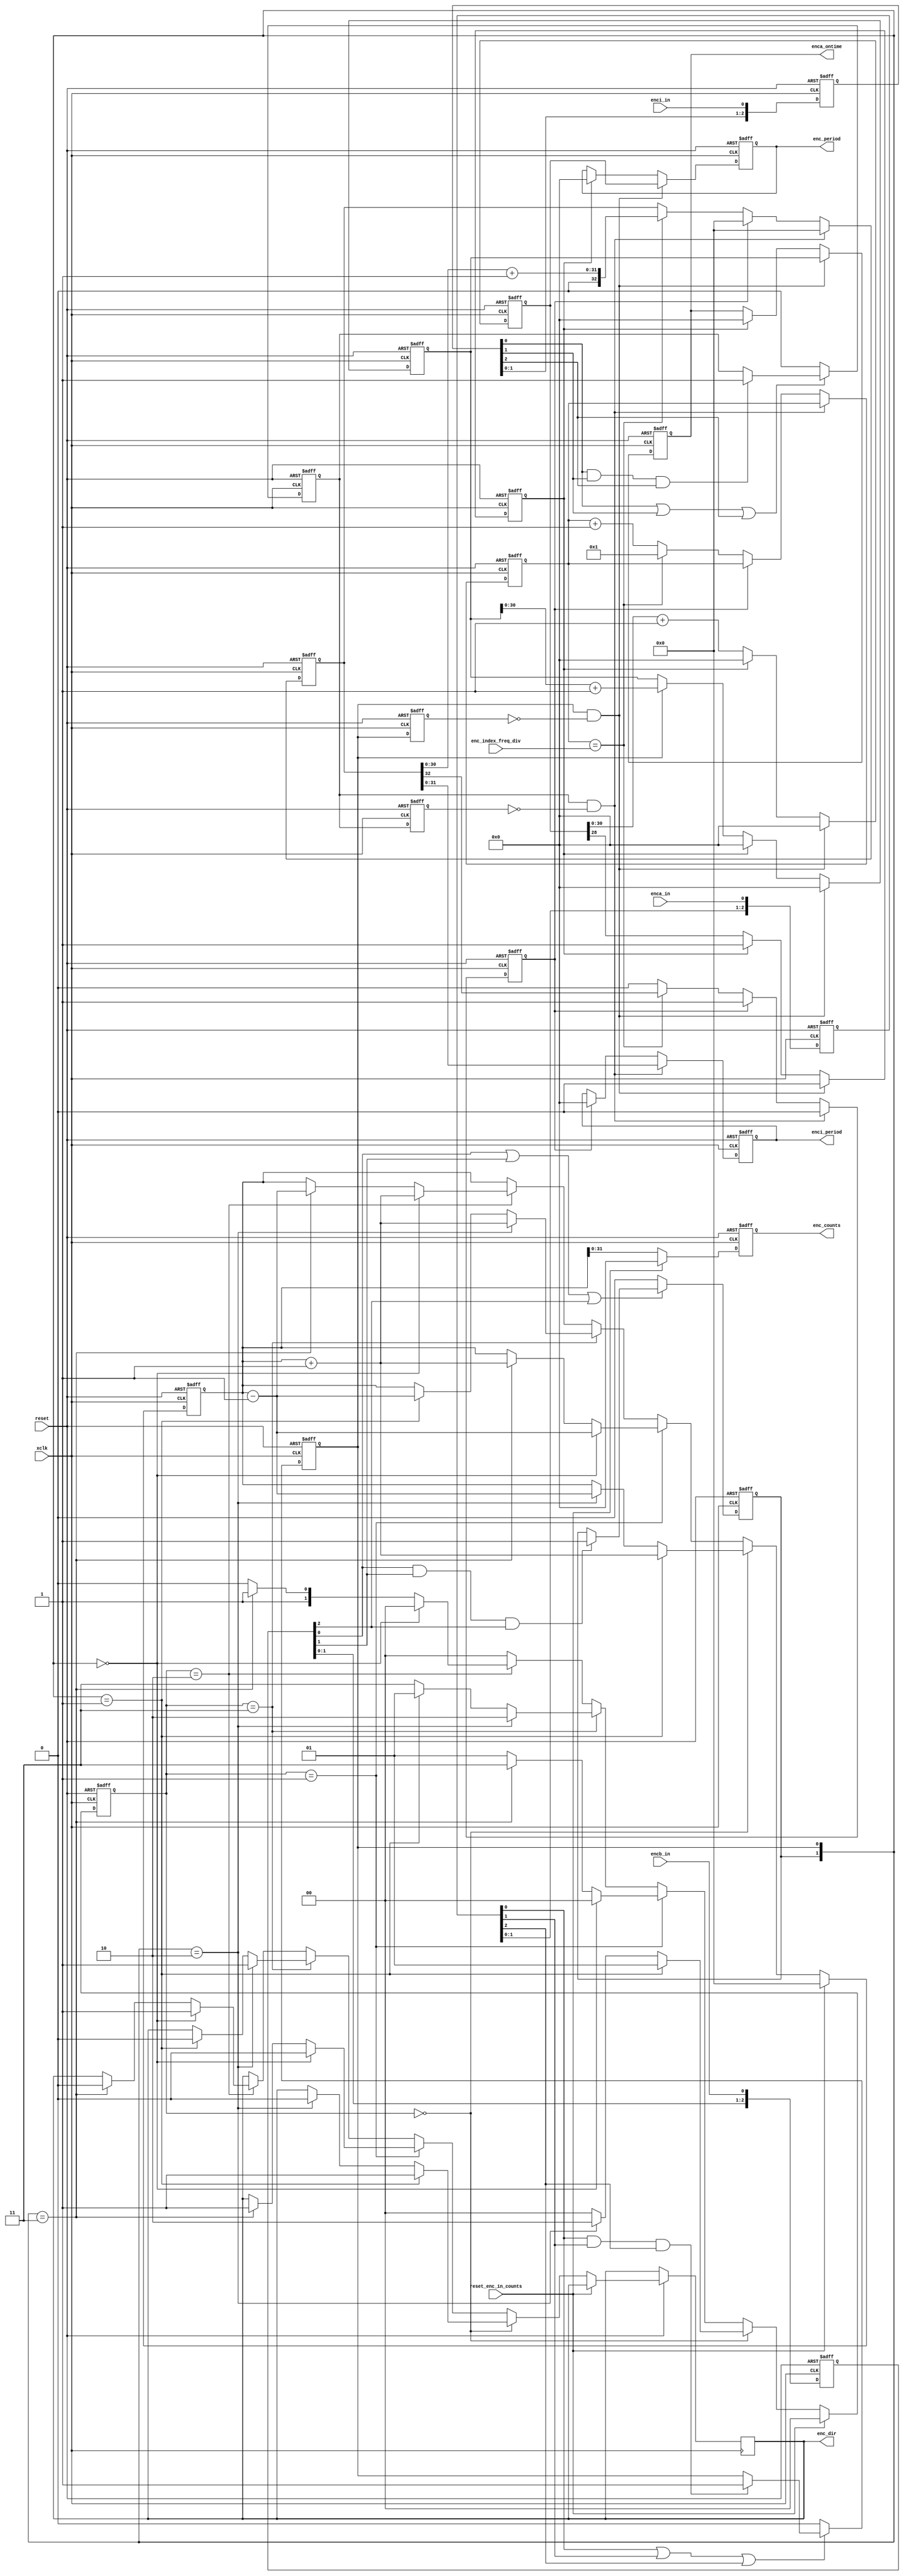
module Enc_In(
    input reset,
    input xclk, // clk75Mhz
	 
	 input enca_in, // digital input
	 input encb_in, // digital input
	 input enci_in, // digital input
	 
	 output [31:0] enc_period,
	 output [31:0] enca_ontime,
	 output [31:0] enci_period,
	 output [31:0] enc_counts,
	 output enc_dir,
	 
	 input reset_enc_in_counts,
	 input [15:0]enc_index_freq_div
	 

//	 output [3:0] testpoint // optional outputs for debug to testpoints
                           //   consult higher-level module to see if connections are instantiated
    );
	 
//	 assign testpoint[0] = reset_enc_in_counts;
//	 assign testpoint[1] = enca_in;
//	 assign testpoint[2] = encb_in;
//	 assign testpoint[3] = enci_in;

// - - - - - - - - - - - - - - - - - - - - - - - - - - - - - - - - - - - -
//  "De-bounce" the inputs hoping to remove occassional mis-readings
// - - - - - - - - - - - - - - - - - - - - - - - - - - - - - - - - - - - -
	reg [2:0]enca_in_delay_line;
	reg [2:0]encb_in_delay_line;
	reg [2:0]enci_in_delay_line;
	reg enca_in_debounced;
	reg encb_in_debounced;
 	reg enci_in_debounced;
    always @(posedge xclk or negedge reset)
      if (!reset) begin
		   enca_in_delay_line <= 3'h0;
			enca_in_debounced <= 1'b0;
		   encb_in_delay_line <= 3'h0;
			encb_in_debounced <= 1'b0;
		   enci_in_delay_line <= 3'h0;
			enci_in_debounced <= 1'b0;
		end else begin
		   // enca
		   if ((enca_in_delay_line[0] & enca_in_delay_line[1] & enca_in_delay_line[2]) == 1'b1) begin
			   enca_in_debounced <= 1'b1;
			end
		   if ((enca_in_delay_line[0] | enca_in_delay_line[1] | enca_in_delay_line[2]) == 1'b0) begin
			   enca_in_debounced <= 1'b0;
			end 
		   enca_in_delay_line[2] <= enca_in_delay_line[1];
		   enca_in_delay_line[1] <= enca_in_delay_line[0];
		   enca_in_delay_line[0] <= enca_in;
			
			// encb
		   if ((encb_in_delay_line[0] & encb_in_delay_line[1] & encb_in_delay_line[2]) == 1'b1) begin
			   encb_in_debounced <= 1'b1;
			end 
		   if ((encb_in_delay_line[0] | encb_in_delay_line[1] | encb_in_delay_line[2]) == 1'b0) begin
			   encb_in_debounced <= 1'b0;
			end 
		   encb_in_delay_line[2] <= encb_in_delay_line[1];
		   encb_in_delay_line[1] <= encb_in_delay_line[0];
		   encb_in_delay_line[0] <= encb_in;

			// enci
		   if ((enci_in_delay_line[0] & enci_in_delay_line[1] & enci_in_delay_line[2]) == 1'b1) begin
			   enci_in_debounced <= 1'b1;
			end 
		   if ((enci_in_delay_line[0] | enci_in_delay_line[1] | enci_in_delay_line[2]) == 1'b0) begin
			   enci_in_debounced <= 1'b0;
			end 
		   enci_in_delay_line[2] <= enci_in_delay_line[1];
		   enci_in_delay_line[1] <= enci_in_delay_line[0];
		   enci_in_delay_line[0] <= enci_in;
		end

// - - - - - - - - - - - - - - - - - - - - - - - - - - - - - - - - - - - -
//  Count Period and On-Time
// - - - - - - - - - - - - - - - - - - - - - - - - - - - - - - - - - - - -
   assign enc_period = enca_period_reg;
   assign enca_ontime = enca_ontime_reg;
	reg [31:0] enca_ontime_reg;
	reg [31:0] enca_period_reg;
	reg [31:0] enca_ontime_count;
	reg [31:0] enca_period_count;
	reg enca_no_signal;
	reg prev_input_val;
   always @(posedge xclk or negedge reset)
      if (!reset) begin
         enca_ontime_count <= 32'h000000000;
         enca_period_count <= 32'h000000000;
         enca_ontime_reg <= 32'h00000000;
         enca_period_reg <= 32'h00000000;
			prev_input_val <= 1'b0;
			enca_no_signal <= 1'b0;
		end else begin
		   prev_input_val <= enca_in_debounced;
			
         if ((enca_in_debounced == 1'b1) && (prev_input_val == 1'b0)) begin // on rising edge
				//Rising edge, 0-out counters
				enca_ontime_count <= 32'h000000000;
				enca_period_count <= 32'h000000000;
				enca_ontime_reg <= enca_ontime_count[31:0];
				enca_period_reg <= enca_period_count[31:0];
				enca_no_signal <= 1'b0;
			end else if (enca_no_signal == 1'b1) begin
				enca_ontime_count <= 32'h000000000;
				enca_period_count <= 32'h000000000;
				enca_ontime_reg <= 32'h00000000;
				enca_period_reg <= 32'h00000000;
			end else begin
			   enca_period_count <= enca_period_count[30:0] + 1;
				// at 75 Mhz, enca_period_count[28] turns on after 1.8 Seg (0.56 Hz)
				enca_no_signal <= enca_period_count[28];

				if (enca_in_debounced == 1'b1) begin
					enca_ontime_count <= enca_ontime_count[30:0] + 1;
			   end
			end
		end

// - - - - - - - - - - - - - - - - - - - - - - - - - - - - - - - - - - - -
//      Encoder State machine that keeps track of Encoder Counts and Direction
//      by incrementing or decrementing a position counter.                                                              --
// - - - - - - - - - - - - - - - - - - - - - - - - - - - - - - - - - - - -
// states for the main state machine
reg [1:0] next_enc_state;				// S T A T E S
parameter	State0	= 2'h0;		// waiting for "start_ctrl" input
parameter	State1	= 2'h1;	
parameter	State2	= 2'h2;		
parameter	State3	= 2'h3;	
reg [32:0] enc_counter;				
reg [31:0] enc_counts_reg;				
reg enc_dir_reg;
wire [1:0] encoder;

   assign encoder[0] = enca_in_debounced;	
   assign encoder[1] = encb_in_debounced;
	assign enc_dir = enc_dir_reg;
	assign enc_counts = enc_counts_reg;

   always @(posedge xclk or negedge reset)
      if (!reset) begin
         next_enc_state <= State0;
			enc_counter <= 33'h000000000;
			enc_counts_reg <= 32'h00000000;
		end else if (reset_enc_in_counts == 1'b1) begin
         next_enc_state <= State0;
			enc_counter <= 33'h000000000;
			enc_counts_reg <= 32'h00000000;
		end else begin
		
			enc_counts_reg[31:0] <= enc_counter[31:0]; // capture counter value synchronously
			
			if (next_enc_state == State0) begin
                if (encoder == 2'b01) begin
                        next_enc_state <= State1;
                        enc_dir_reg         <= 1'b1;                 
                        enc_counter     <= enc_counter + 1;
                end else if (encoder == 2'b10)  begin
                        next_enc_state <= State2;
                        enc_dir_reg         <= 1'b0;
                        enc_counter     <= enc_counter - 1;
                end else begin
                         next_enc_state <= State0;
                end
			end else	if (next_enc_state == State1) begin
                if (encoder == 2'b00) begin
                        next_enc_state <= State0;
                        enc_dir_reg         <= 1'b0;                 
                        enc_counter     <= enc_counter - 1;
                end else if (encoder == 2'b11)  begin
                        next_enc_state <= State3;
                        enc_dir_reg         <= 1'b1;
                        enc_counter     <= enc_counter + 1;
                end else begin
                         next_enc_state <= State1;
                end
			end else	if (next_enc_state == State3) begin
                if (encoder == 2'b10) begin
                        next_enc_state <= State2;
                        enc_dir_reg         <= 1'b1;                
                        enc_counter     <= enc_counter + 1;
                end else if (encoder == 2'b01)  begin
                        next_enc_state <= State1;
                        enc_dir_reg         <= 1'b0; 
                        enc_counter     <= enc_counter - 1;
                end else begin
                         next_enc_state <= State3;
                end
			end else	if (next_enc_state == State2) begin
                if (encoder == 2'b00) begin
                        next_enc_state <= State0;
                        enc_dir_reg         <= 1'b1;               
                        enc_counter     <= enc_counter + 1;
                end else if (encoder == 2'b11) begin
                        next_enc_state <= State3;
                        enc_dir_reg         <= 1'b0; 
                        enc_counter     <= enc_counter - 1;
                end else begin
                         next_enc_state <= State2;
                end
			end else begin
                 next_enc_state <= State0;
			end
		end

// - - - - - - - - - - - - - - - - - - - - - - - - - - - - - - - - - - - -
//  Count EncI Period
//  for compatibility w/ Classic test station we hav a "Frequency Divisor"
//  so that Enc_I_Period is measured in term of (clock-cycle x enc_index_freq_div) 
// - - - - - - - - - - - - - - - - - - - - - - - - - - - - - - - - - - - -
   assign enci_period = enci_period_reg;
	reg [31:0] enci_period_reg;
	reg [32:0] enci_period_count;
	reg enci_no_signal;
	reg prev_enci_input_val;
	reg [16:0]enc_index_freq_div_count;
   always @(posedge xclk or negedge reset)
      if (!reset) begin
         enci_period_count <= 33'h0000000000;
         enci_period_reg <= 32'h00000000;
			prev_enci_input_val <= 1'b0;
			enci_no_signal <= 1'b0;
			enc_index_freq_div_count <= 16'h0001;
		end else begin
		   prev_enci_input_val <= enci_in_debounced;
			
         if ((enci_in_debounced == 1'b1) && (prev_enci_input_val == 1'b0)) begin // on rising edge
				//Rising edge, 0-out counters
				enci_period_count <= 33'h0000000000;
				enci_period_reg <= enci_period_count[31:0];
				enci_no_signal <= 1'b0;
			end else if (enci_no_signal == 1'b1) begin
				enci_period_count <= 32'h000000000;
				enci_period_reg <= 32'h00000000;
			end else begin
				if (enc_index_freq_div_count == enc_index_freq_div) begin
					enci_period_count <= enci_period_count[30:0] + 1;
					// at 75 Mhz, enci_period_count[28] turns on after 1.8 Sec (0.56 Hz)
					// at 75 Mhz, enci_period_count[32] turns on after 28 Sec (0.04 Hz)
					enci_no_signal <= enci_period_count[32];
					enc_index_freq_div_count <= 16'h0001;
				end else begin
					enc_index_freq_div_count <= enc_index_freq_div_count + 1;
				end
			end
		end

endmodule